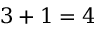
3 + 1 = 4